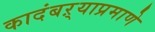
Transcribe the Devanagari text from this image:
कादंबऱ्याप्रमाणे